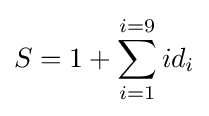
S=1+\sum _{i=1}^{i=9}id_{i}